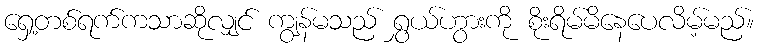
ရှေ့တစ်ရက်ကသာဆိုလျှင် ကျွန်မသည် ရွှယ်ဟွားကို စိုးရိမ်မိနေပေလိမ့်မည်။